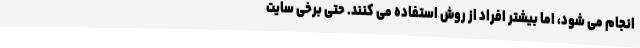
انجام می شود، اما بیشتر افراد از روش استفاده می کنند. حتی برخی سایت